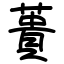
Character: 蕢